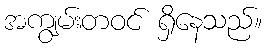
အကျွမ်းတဝင် ရှိနေသည်။